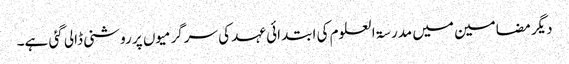
دیگر مضامین میں مدرسۃ العلوم کی ابتدائی عہد کی سرگرمیوں پر روشنی ڈالی گئی ہے۔